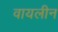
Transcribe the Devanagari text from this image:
वायलीन